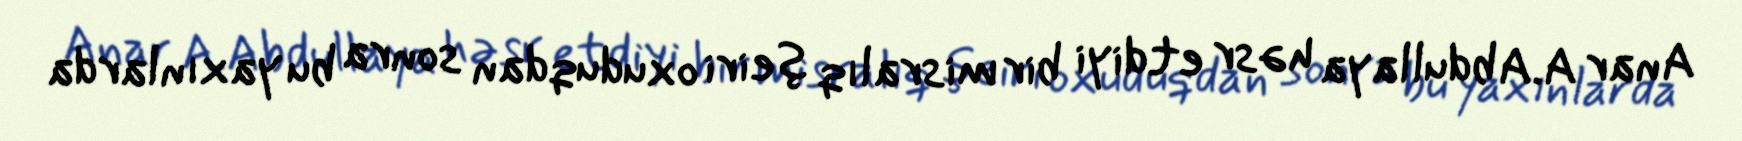
Anar A.Abdullaya həsr etdiyi bir misralıq şeiri oxuduqdan sonra bu yaxınlarda